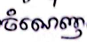
ចំណេញ